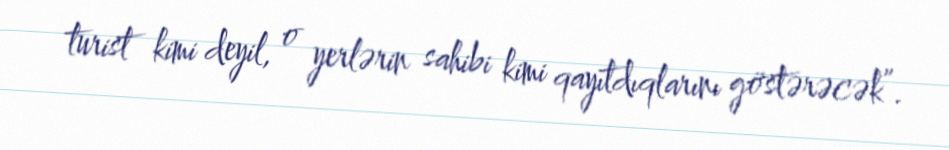
turist kimi deyil, o yerlərin sahibi kimi qayıtdıqlarını göstərəcək”.